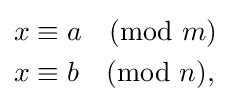
{\begin{aligned}x&\equiv a{\pmod {m}}\\x&\equiv b{\pmod {n}},\end{aligned}}